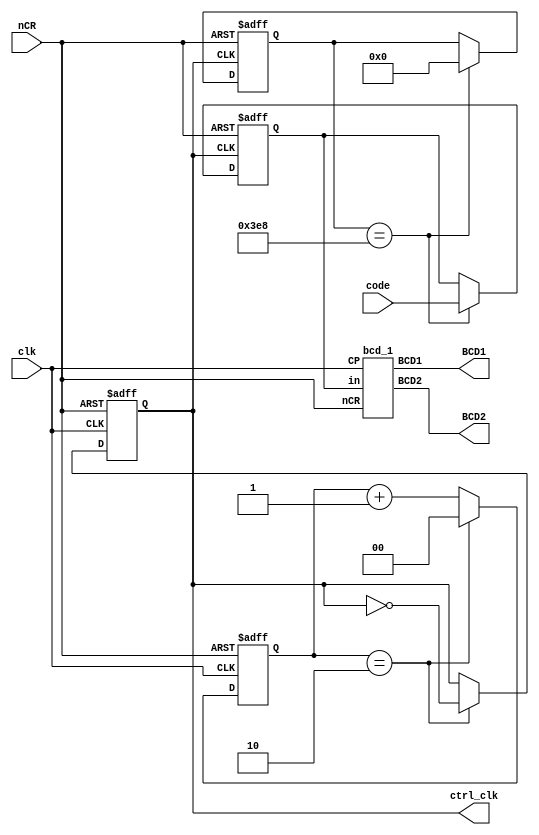
module ad9235(clk,nCR,code,ctrl_clk,BCD1,BCD2);
input clk,nCR;
input [11:0]code;
output ctrl_clk;
output [2:0] BCD1;
output [6:0] BCD2;

reg ctrl_clk;
reg [1:0]cnt;

//ctrl clock  20MHz
always@(posedge clk or negedge nCR)
begin
	if(~nCR)
		{cnt,ctrl_clk}<=0;
	else if(cnt==2'd2)
		begin
		cnt<=0;
		ctrl_clk<=~ctrl_clk;
		end
	else
		cnt<=cnt+1'b1;
end



///read data frequency 10kHz
reg [11:0]read_code;
wire en_read;
reg [9:0]cnt_r;

always@(posedge ctrl_clk or negedge nCR)
	if(~nCR)
		cnt_r<=0;
	else if(cnt_r==10'd1000)
		cnt_r<=0;

assign en_read=(cnt_r==10'd1000);

always@(posedge ctrl_clk or negedge nCR)
	if(~nCR)
		read_code<=0;
	else if(en_read)
		read_code<=code;
	else
		read_code<=read_code;


//output to bcd
bcd_1 BCD(read_code,clk,BCD1,BCD2,nCR);

endmodule 



module bcd_1(in,CP,BCD1,BCD2,nCR);
input nCR;
input [11:0]in;
input CP;
output [2:0] BCD1;
output [6:0] BCD2;

reg [2:0] cnt1;
reg [3:0] cnt2;

wire CP2;
divide1 U2(CP,CP2,nCR);

always @(posedge CP2 or negedge nCR)

	if(~nCR)
		cnt1<=3'b000;
	else if(cnt1==3'b111)
		cnt1<=3'b00;
	else
		cnt1<=cnt1+1'b1;


//
assign BCD1=cnt1;

always@(cnt1)
	case(cnt1)
		3'b0:cnt2=in[3:0];
		3'd1:cnt2=in[7:4];
		3'd2:cnt2=in[11:8];
		3'd3:cnt2=0;
		3'd4:cnt2=0;
		3'd5:cnt2=0;
		3'd7:cnt2=0;
		default:cnt2=0;
	endcase

bcd U1(cnt2, BCD2);
	
endmodule


module divide1(CP,OUT,nCR);
input CP,nCR;
output OUT;
reg OUT;

reg [19:0] cnt ;

always @(posedge CP or negedge nCR)
if(~nCR)
	{cnt,OUT}<=20'b0;
else if(cnt==20'd2500)
	begin
		cnt<=20'b0;
		OUT<=~OUT;
	end
else
	cnt<=cnt+1'b1;

endmodule 



module bcd(bcd2,BCD2);
input [3:0] bcd2;
output  [6:0] BCD2;

reg [6:0] BCD2;

always @(bcd2)
	case(bcd2)
		4'h0: BCD2<=7'b1111110;
		4'h1: BCD2<=7'b0110000;
		4'h2: BCD2<=7'b1101101;
		4'h3: BCD2<=7'b1111001;
		4'h4: BCD2<=7'b0110011;
		4'h5: BCD2<=7'b1011011;
		4'h6: BCD2<=7'b1011111;
		4'h7: BCD2<=7'b1110000;
		4'h8: BCD2<=7'b1111111;
		4'h9: BCD2<=7'b1111011;
		default: BCD2<=7'b1100011;
	endcase

endmodule